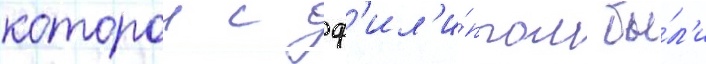
которои с ф'ил'и́ппом бы́л'и